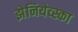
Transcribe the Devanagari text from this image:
झेनियेव्स्का